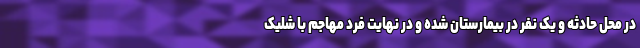
در محل حادثه و یک نفر در بیمارستان شده و در نهایت فرد مهاجم با شلیک